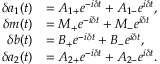
\begin{array} { r l } { \delta a _ { 1 } ( t ) } & { = A _ { 1 + } e ^ { - i \delta t } + A _ { 1 - } e ^ { i \delta t } , } \\ { \delta m ( t ) } & { = M _ { + } e ^ { - i \delta t } + M _ { - } e ^ { i \delta t } } \\ { \delta b ( t ) } & { = B _ { + } e ^ { - i \delta t } + B _ { - } e ^ { i \delta t } , } \\ { \delta a _ { 2 } ( t ) } & { = A _ { 2 + } e ^ { - i \delta t } + A _ { 2 - } e ^ { i \delta t } . } \end{array}